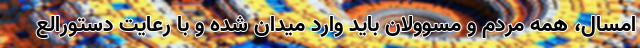
امسال، همه مردم و مسوولان باید وارد میدان شده و با رعایت دستورالع